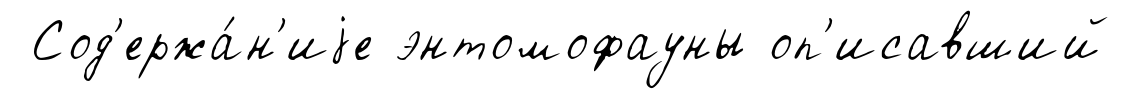
Сод'ержа́н'иjе энтомофауны оп'исавший